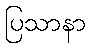
ပြသာနာ